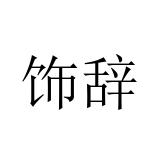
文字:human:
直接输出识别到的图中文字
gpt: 饰辞